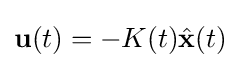
{\mathbf {u} }(t)=-K(t){\hat {\mathbf {x} }}(t)